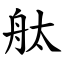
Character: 舦